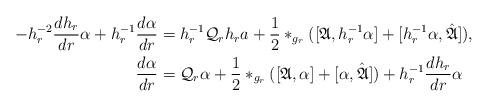
LaTeX: \begin{align*}\begin{aligned}-h_r^{-2}\frac{dh_r}{dr}\alpha+h_r^{-1}\frac{d\alpha}{dr}&=h_r^{-1}\mathcal{Q}_rh_ra+\frac{1}{2}*_{g_r}([\mathfrak{A},h_r^{-1}\alpha]+[h_r^{-1}\alpha,\hat{\mathfrak{A}}]),\\\frac{d\alpha}{dr}&=\mathcal{Q}_r\alpha+\frac{1}{2}*_{g_r}([\mathfrak{A},\alpha]+[\alpha,\hat{\mathfrak{A}}])+h_r^{-1}\frac{dh_r}{dr}\alpha\end{aligned}\end{align*}